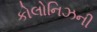
કોલોનિઝની